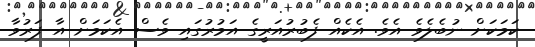
ކަމަކަށް ނުބެލެވެ އެވެ. އެކެއް ފެބުރުއަރީގެ އަމުރުގައި ވެސް އެކަމަށް އާ ފަރުވާ